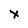
Character: x